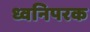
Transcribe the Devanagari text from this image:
ध्वनिपरक